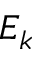
E _ { k }